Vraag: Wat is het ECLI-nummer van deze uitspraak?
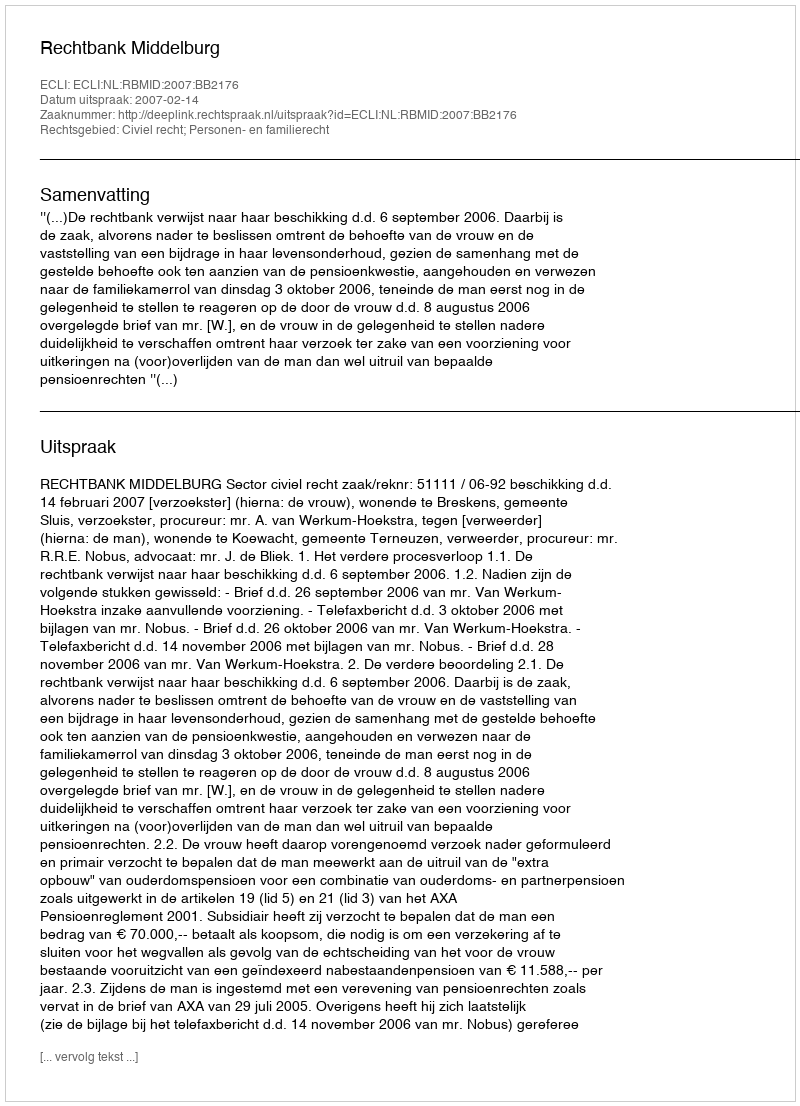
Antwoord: ECLI:NL:RBMID:2007:BB2176